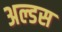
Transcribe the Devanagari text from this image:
अल्डस